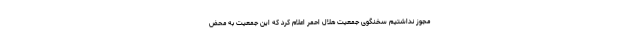
مجوز نداشتیم سخنگوی جمعیت هلال احمر اعلام کرد که این جمعیت به محض